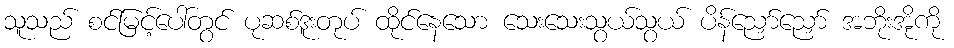
သူသည် စင်မြင့်ပေါ်တွင် ပုဆစ်ဒူးတုပ် ထိုင်နေသော သေးသေးသွယ်သွယ် ပိန်ညှော်ညှော် အဘိုးအိုကို